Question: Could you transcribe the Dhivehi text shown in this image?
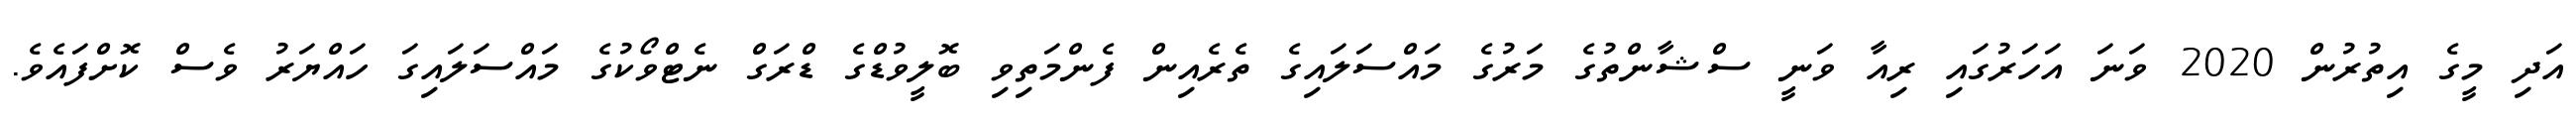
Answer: އަދި މީގެ އިތުރުން 2020 ވަނަ އަހަރުގައި ރިއާ ވަނީ ސްޝާންތުގެ މަރުގެ މައްސަލައިގެ ތެރެއިން ފެންމަތިވި ބޮލީވުޑްގެ ޑްރަގް ނެޓްވޯކުގެ މައްސަލައިގަ ހައްޔަރު ވެސް ކޮށްފައެވެ.